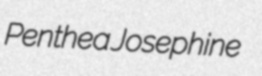
Penthea Josephine